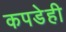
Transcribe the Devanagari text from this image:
कपडेही